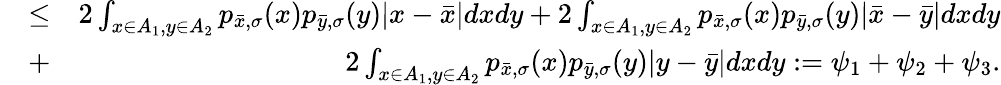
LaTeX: \begin{array}{rlr}&{\le}&{2\int_{x\in A_{1},y\in A_{2}}p_{\bar{x},\sigma}(x)p_{\bar{y},\sigma}(y)|x-\bar{x}|dxdy+2\int_{x\in A_{1},y\in A_{2}}p_{\bar{x},\sigma}(x)p_{\bar{y},\sigma}(y)|\bar{x}-\bar{y}|dxdy}\\ &{+}&{2\int_{x\in A_{1},y\in A_{2}}p_{\bar{x},\sigma}(x)p_{\bar{y},\sigma}(y)|y-\bar{y}|dxdy:=\psi_{1}+\psi_{2}+\psi_{3}.}\end{array}